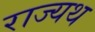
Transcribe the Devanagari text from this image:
राज्यथ